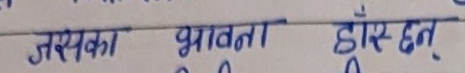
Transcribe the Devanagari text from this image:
जसका भावता डाँस् छन्